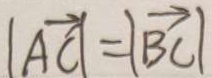
\vert \overrightarrow { A C } \vert = \vert \overrightarrow { B C } \vert